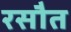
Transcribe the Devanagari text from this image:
रसौत